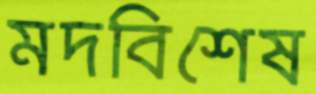
মদবিশেষ